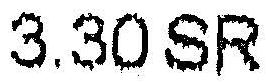
3.30 SR